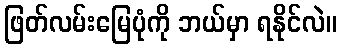
ဖြတ်လမ်းမြေပုံကို ဘယ်မှာ ရနိုင်လဲ။